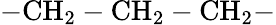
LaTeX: \mathrm{-CH_{2}-CH_{2}-CH_{2}-}